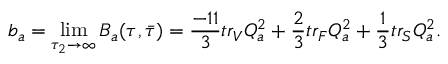
b _ { a } = \operatorname * { l i m } _ { \tau _ { 2 } \rightarrow \infty } { \cal B } _ { a } ( \tau , \bar { \tau } ) = \frac { - 1 1 } { 3 } t r _ { V } Q _ { a } ^ { 2 } + { \frac { 2 } { 3 } } t r _ { F } Q _ { a } ^ { 2 } + { \frac { 1 } { 3 } } t r _ { S } Q _ { a } ^ { 2 } .